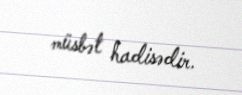
müsbət hadisədir.